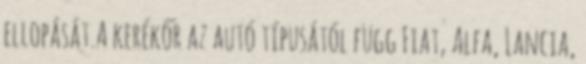
ellopását.A kerékőr az autó típusától függ Fiat, Alfa, Lancia,